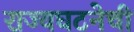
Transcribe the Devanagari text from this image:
राज्यघटनेची